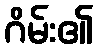
ဂိမ်း၏